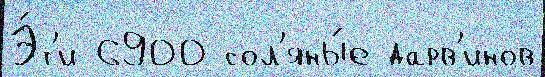
Э́т'и 6900 сол'яны́е дарв'инов